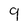
Character: 9